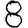
Digit: 8